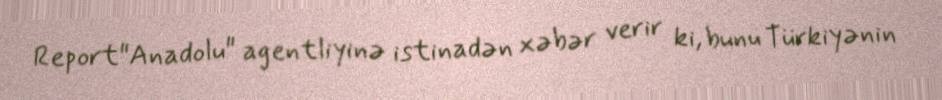
Report"Anadolu" agentliyinə istinadən xəbər verir ki, bunu Türkiyənin